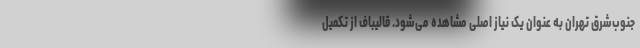
جنوب‌شرق تهران به عنوان یک نیاز اصلی مشاهده می‌شود. قالیباف از تکمیل